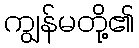
ကျွန်မတို့၏